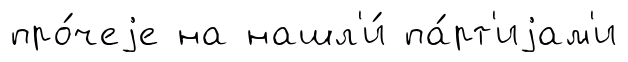
про́чеjе на нашл'и́ па́рт'иjам'и